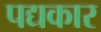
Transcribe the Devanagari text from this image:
पद्यकार